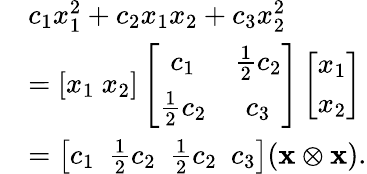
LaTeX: \begin{array}{rl}&{c_{1}x_{1}^{2}+c_{2}x_{1}x_{2}+c_{3}x_{2}^{2}}\\ &{=[x_{1}\ x_{2}]\left[\begin{array}{cc}{c_{1}}&{\frac{1}{2}c_{2}}\\ {\frac{1}{2}c_{2}}&{c_{3}}\end{array}\right]\left[\begin{array}{c}{x_{1}}\\ {x_{2}}\end{array}\right]}\\ &{=\left[c_{1}\ \ \frac{1}{2}c_{2}\ \ \frac{1}{2}c_{2}\ \ c_{3}\right](\mathbf{x}\otimes\mathbf{x}).}\end{array}